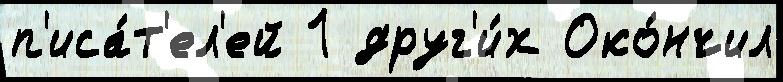
п'иса́т'ел'ей 1 друг'и́х Око́нчил